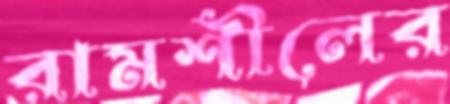
রামশীলের